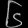
Digit: ၆